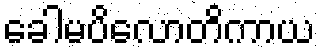
ခေါမပိလောတိကာယ